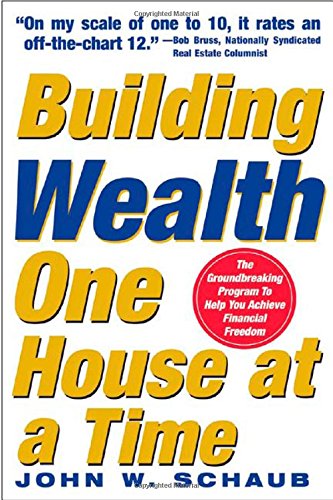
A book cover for Building Wealth One House at a Time: Making it Big on Little Deals; John Schaub ; Business & Money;